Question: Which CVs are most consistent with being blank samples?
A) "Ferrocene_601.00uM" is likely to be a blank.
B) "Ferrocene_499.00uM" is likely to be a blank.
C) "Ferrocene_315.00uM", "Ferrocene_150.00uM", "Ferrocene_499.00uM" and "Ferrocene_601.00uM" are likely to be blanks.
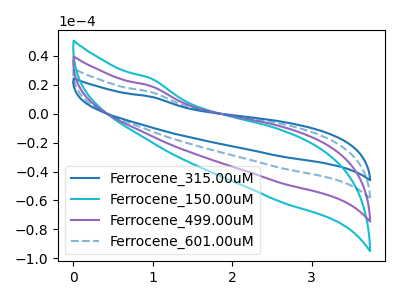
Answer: <think>The blue curve "Ferrocene_315.00uM" has no peaks. The cyan curve "Ferrocene_150.00uM" has no peaks. The purple curve "Ferrocene_499.00uM" has no peaks. The blue dashed curve "Ferrocene_601.00uM" has no peaks.</think>
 <answer>C) "Ferrocene_315.00uM", "Ferrocene_150.00uM", "Ferrocene_499.00uM" and "Ferrocene_601.00uM" are likely to be blanks.</answer>
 <eval>C</eval>